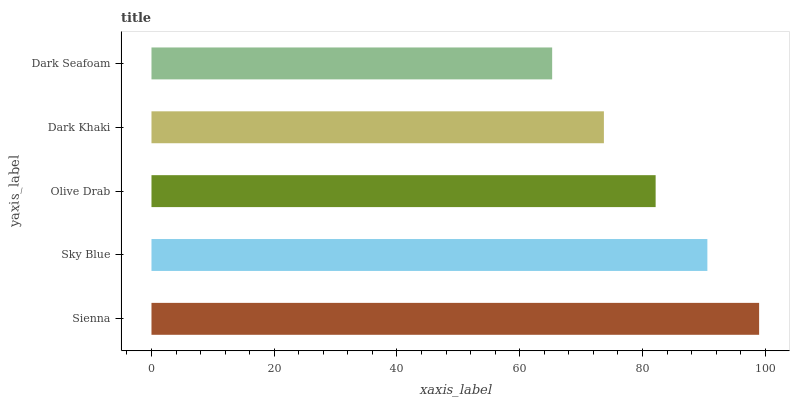
| yaxis_label | bars |
 | --- | --- |
 | Sienna | 99 |
 | Sky Blue | 90.6 |
 | Olive Drab | 82.1 |
 | Dark Khaki | 73.7 |
 | Dark Seafoam | 65.3 |